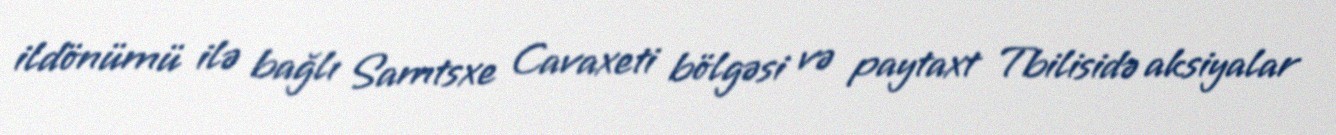
ildönümü ilə bağlı Samtsxe Cavaxeti bölgəsi və paytaxt Tbilisidə aksiyalar